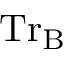
\mathrm { { T r } _ { B } }